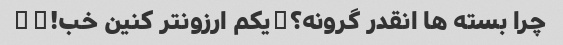
چرا بسته ها انقدر گرونه؟�یکم ارزونتر کنین خب!��